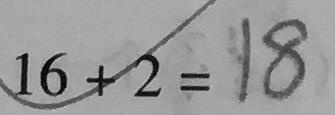
1 6 + 2 = 1 8